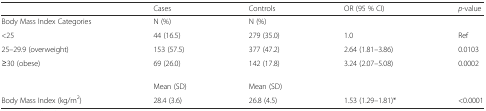
|  | Cases | Controls | OR (95 % CI) | p-value |
 | --- | --- | --- | --- | --- |
 | Body Mass Index Categories | N (%) | N (%) |  |  |
 | <25 | 44 (16.5) | 279 (35.0) | 1.0 | Ref |
 | 25–29.9 (overweight) | 153 (57.5) | 377 (47.2) | 2.64 (1.81–3.86) | 0.0103 |
 | ≥30 (obese) | 69 (26.0) | 142 (17.8) | 3.24 (2.07–5.08) | 0.0002 |
 |  | Mean (SD) | Mean (SD) |  |  |
 | Body Mass Index (kg/m2) | 28.4 (3.6) | 26.8 (4.5) | 1.53 (1.29–1.81)* | <0.0001 |